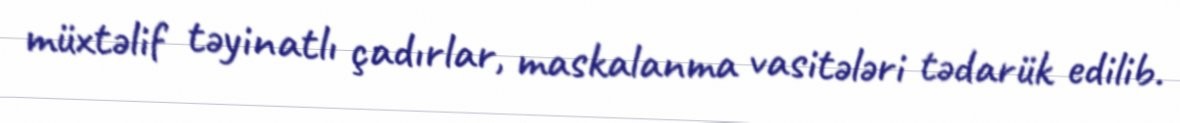
müxtəlif təyinatlı çadırlar, maskalanma vasitələri tədarük edilib.